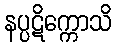
နပ္ပဋိက္ကောသိ